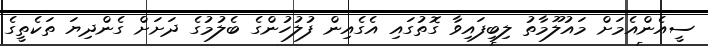
ސީއެންއެމަށް މައުލޫމާތު ލިބިފައިވާ ގޮތުގައި އެގެއިން ފުލުހުންގެ ބެލުމުގެ ދަށަށް ގެންދިޔަ ތަކެތީގެ